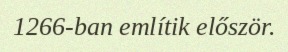
1266-ban említik először.